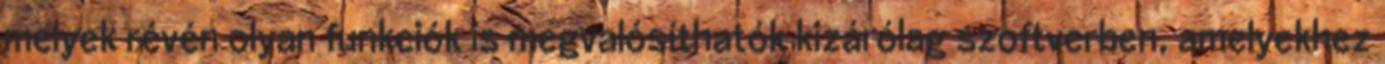
melyek révén olyan funkciók is megvalósíthatók kizárólag szoftverben, amelyekhez